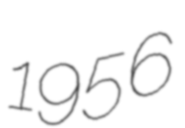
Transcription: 1956